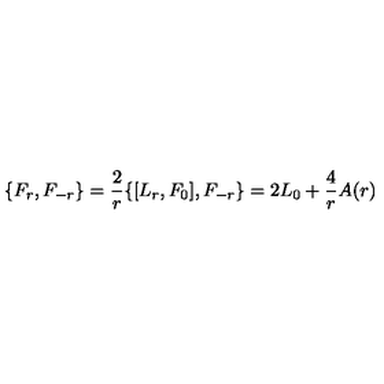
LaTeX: \{ F _ { r } , F _ { - r } \} = \frac { 2 } { r } \{ [ L _ { r } , F _ { 0 } ] , F _ { - r } \} = 2 L _ { 0 } + \frac { 4 } { r } A ( r )